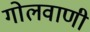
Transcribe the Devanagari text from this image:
गोलवाणी